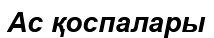
Ас қоспалары